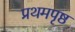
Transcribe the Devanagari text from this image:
प्रथमपृष्ठ